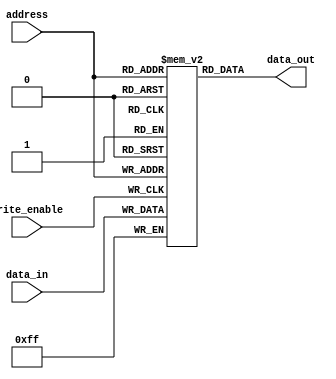
module otp_rom (
    input wire [ADDRESS_BITS-1:0] address,
    output reg [DATA_BITS-1:0] data_out,
    input wire write_enable,
    input wire [DATA_BITS-1:0] data_in
);

parameter ADDRESS_BITS = 10; //Specify the number of address lines
parameter DATA_BITS = 8; //Specify the number of data lines
parameter MEM_SIZE = 1024; //Specify the size of the memory

reg [DATA_BITS-1:0] memory [MEM_SIZE-1:0]; //Define the memory array

initial begin
    // Initialize memory with data
    // (Not shown in this code snippet)
end

always @(posedge write_enable) begin
    // Write data to memory once during initialization
    memory[address] <= data_in;
end

always @(*) begin
    // Read data from memory at specified address
    data_out <= memory[address];
end

endmodule